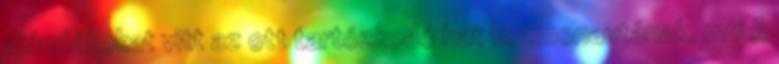
ajándékokat vitt az ott tartózkodó hat kozmonautának. mti A